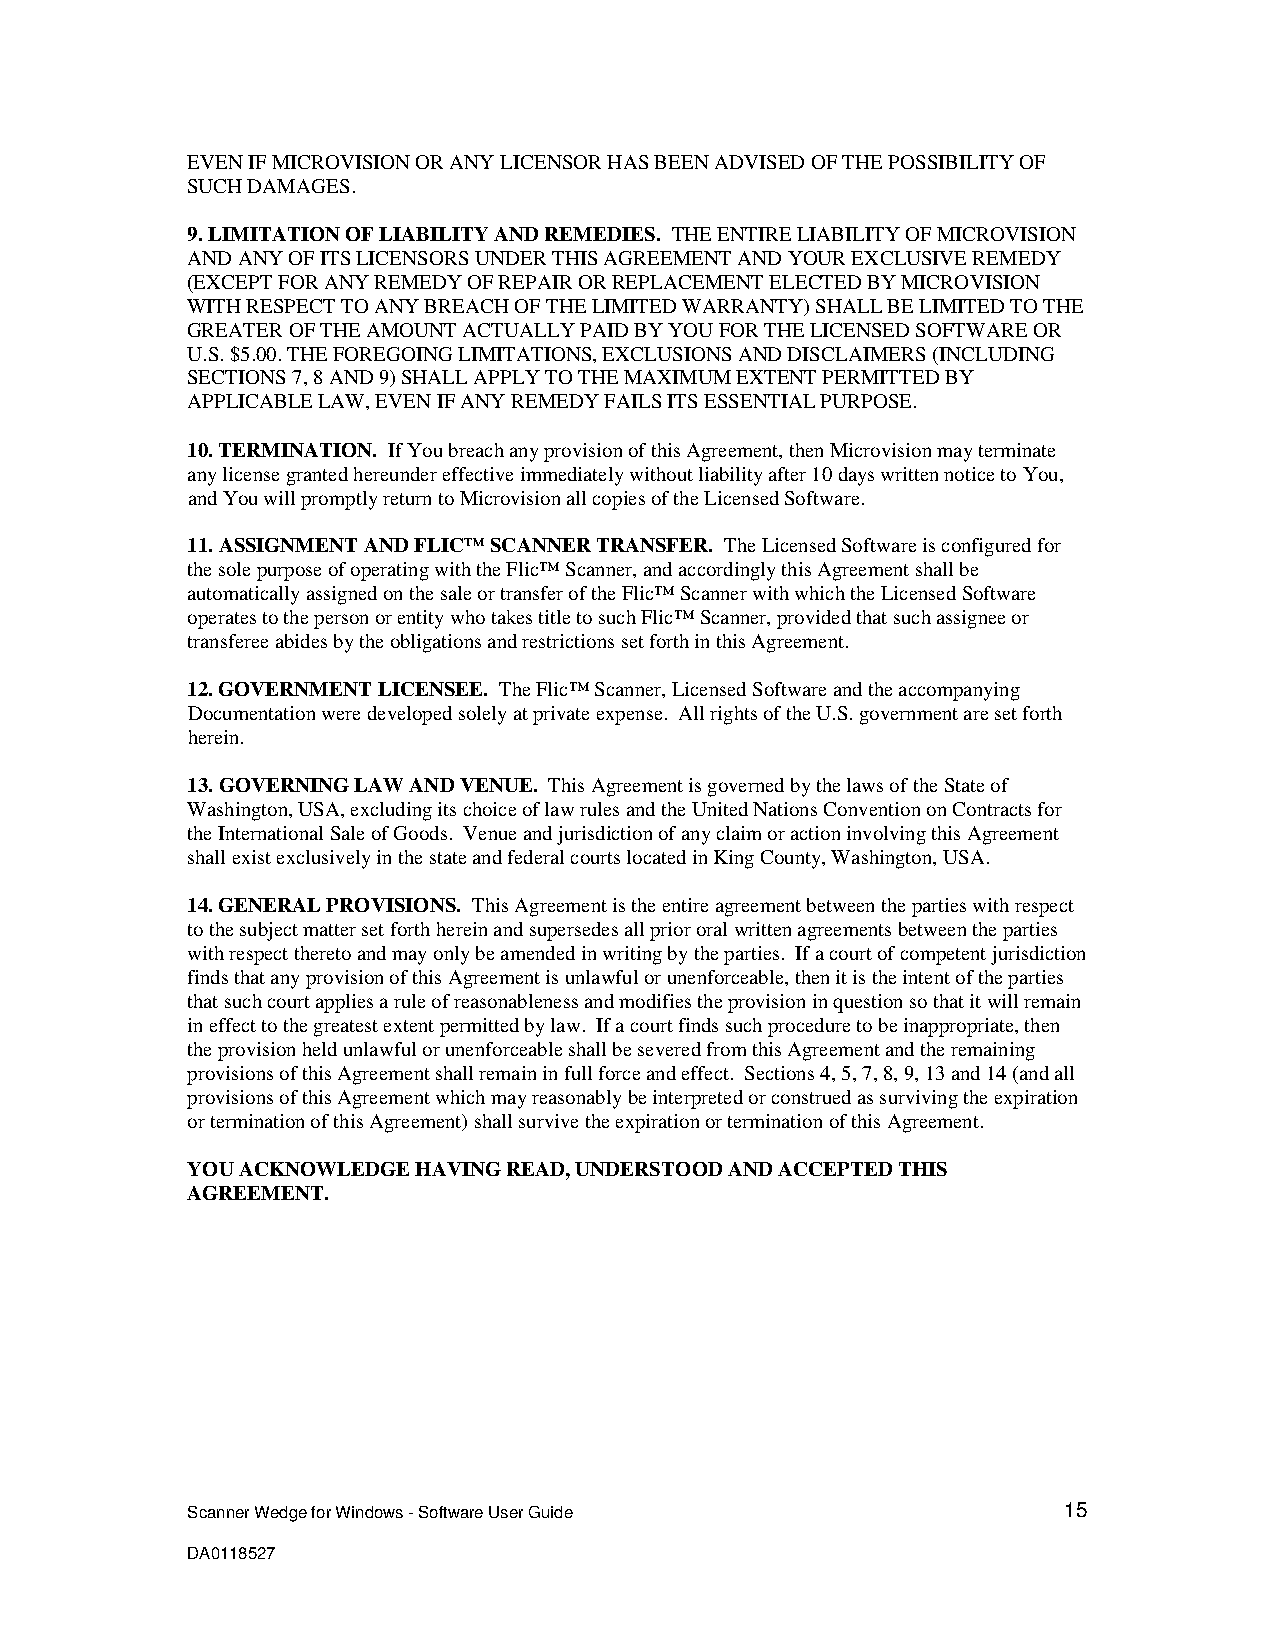
EVEN IF MICROVISION OR ANY LICENSOR HAS BEEN ADVISED OF THE POSSIBILITY OF
 SUCH DAMAGES.
 9. LIMITATION OF LIABILITY AND REMEDIES. THE ENTIRE LIABILITY OF MICROVISION
 AND ANY OF ITS LICENSORS UNDER THIS AGREEMENT AND YOUR EXCLUSIVE REMEDY
 (EXCEPT FOR ANY REMEDY OF REPAIR OR REPLACEMENT ELECTED BY MICROVISION
 WITH RESPECT TO ANY BREACH OF THE LIMITED WARRANTY) SHALL BE LIMITED TO THE
 GREATER OF THE AMOUNT ACTUALLY PAID BY YOU FOR THE LICENSED SOFTWARE OR
 U.S. $5.00. THE FOREGOING LIMITATIONS, EXCLUSIONS AND DISCLAIMERS (INCLUDING
 SECTIONS 7, 8 AND 9) SHALL APPLY TO THE MAXIMUM EXTENT PERMITTED BY
 APPLICABLE LAW, EVEN IF ANY REMEDY FAILS ITS ESSENTIAL PURPOSE.
 10. TERMINATION. If You breach any provision of this Agreement, then Microvision may terminate
 any license granted hereunder effective immediately without liability after 10 days written notice to You,
 and You will promptly return to Microvision all copies of the Licensed Software.
 11. ASSIGNMENT AND FLIC™ SCANNER TRANSFER. The Licensed Software is configured for
 the sole purpose of operating with the Flic™ Scanner, and accordingly this Agreement shall be
 automatically assigned on the sale or transfer of the Flic™ Scanner with which the Licensed Software
 operates to the person or entity who takes title to such Flic™ Scanner, provided that such assignee or
 transferee abides by the obligations and restrictions set forth in this Agreement.
 12. GOVERNMENT LICENSEE. The Flic™ Scanner, Licensed Software and the accompanying
 Documentation were developed solely at private expense. All rights of the U.S. government are set forth
 herein.
 13. GOVERNING LAW AND VENUE. This Agreement is governed by the laws of the State of
 Washington, USA, excluding its choice of law rules and the United Nations Convention on Contracts for
 the International Sale of Goods. Venue and jurisdiction of any claim or action involving this Agreement
 shall exist exclusively in the state and federal courts located in King County, Washington, USA.
 14. GENERAL PROVISIONS. This Agreement is the entire agreement between the parties with respect
 to the subject matter set forth herein and supersedes all prior oral written agreements between the parties
 with respect thereto and may only be amended in writing by the parties. If a court of competent jurisdiction
 finds that any provision of this Agreement is unlawful or unenforceable, then it is the intent of the parties
 that such court applies a rule of reasonableness and modifies the provision in question so that it will remain
 in effect to the greatest extent permitted by law. If a court finds such procedure to be inappropriate, then
 the provision held unlawful or unenforceable shall be severed from this Agreement and the remaining
 provisions of this Agreement shall remain in full force and effect. Sections 4, 5, 7, 8, 9, 13 and 14 (and all
 provisions of this Agreement which may reasonably be interpreted or construed as surviving the expiration
 or termination of this Agreement) shall survive the expiration or termination of this Agreement.
 YOU ACKNOWLEDGE HAVING READ, UNDERSTOOD AND ACCEPTED THIS
 AGREEMENT.
 Scanner Wedge for Windows - Software User Guide           15
 DA0118527